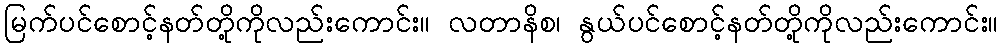
မြက်ပင်စောင့်နတ်တို့ကိုလည်းကောင်း။ လတာနိစ၊ နွယ်ပင်စောင့်နတ်တို့ကိုလည်းကောင်း။